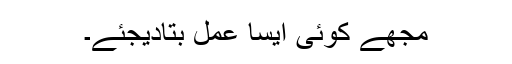
مجھے کوئی ایسا عمل بتادیجئے۔